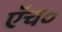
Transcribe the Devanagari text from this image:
एॅच०